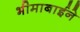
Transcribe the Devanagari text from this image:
भीमाबाईने